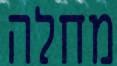
מחלה